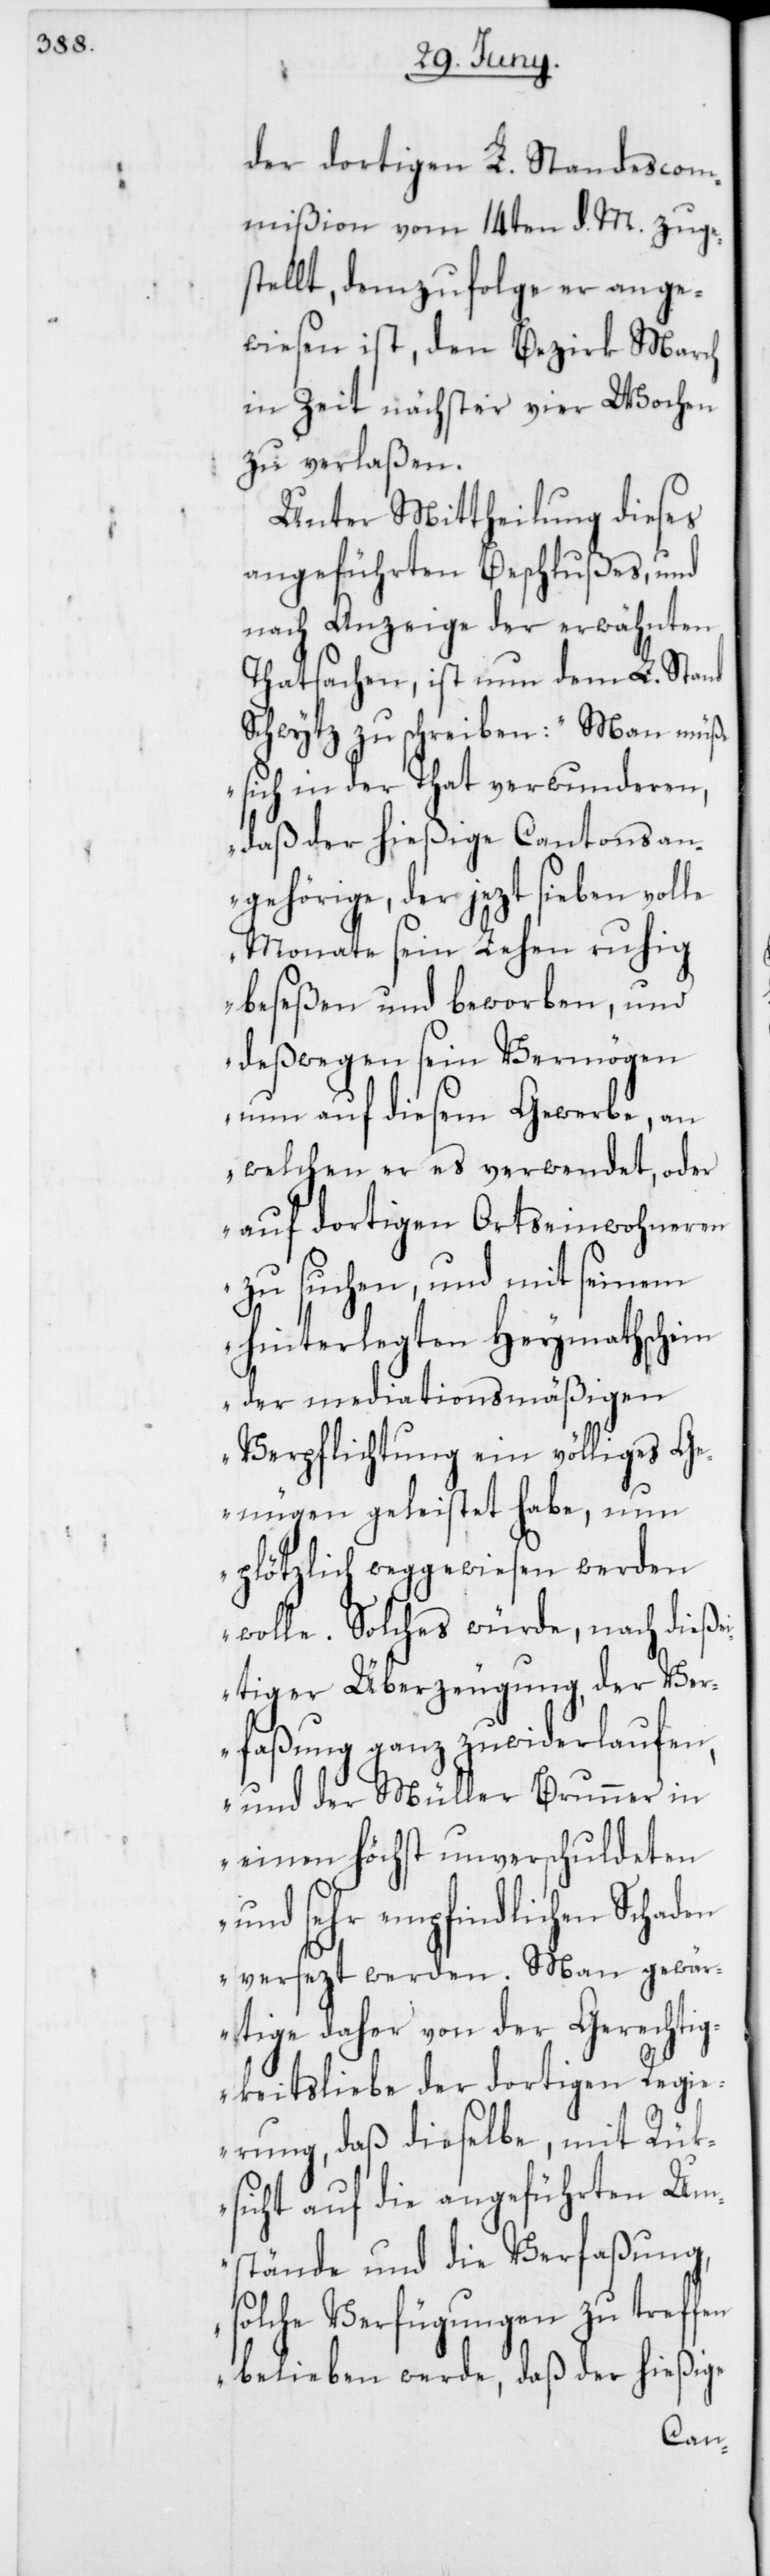
der dortigen L. Standescom¬
mißion vom 14ten d. M. zuge¬
stellt, demzufolge er ange¬
wiesen ist, den Bezirk March
in Zeit nächster vier Wochen
zu verlaßen.
Unter Mittheilung dieses
angeführten Beschlußes, und
nach Anzeige der erwähnten
Thatsachen, ist nun dem L. Stand
Schwytz zu schreiben: „Man müße
sich in der That verwunderen,
daß der hießige Cantonsan¬
gehörige, der jezt sieben volle
Monate sein Lehen ruhig
beseßen und beworben, und
deßwegen sein Vermögen
nun auf diesem Gewerbe, an
welchen er es verwendet, oder
auf dortigen Ortseinwohneren
zu suchen, und mit seinem
hinterlegten Heymathschein
der mediationsmäßigen
Verpflichtung ein völliges Ge¬
nügen geleistet habe, nun
plötzlich weggewiesen werden
wolle. Solches würde, nach dieß¬
eitiger Überzeugung, der Ve¬
rfaßung ganz zuwiderlaufen,
und der Müller Brunner in
einen höchst unverschuldeten
und sehr empfindlichen Schaden
versezt werden. Man gewär¬
tige daher von der Gerechtig¬
keitsliebe der dortigen Regi¬
erung, daß dieselbe, mit Rük¬
sicht auf die angeführten Um¬
stände und die Verfaßung,
solche Verfügungen zu treffen
belieben werde, daß der hießige